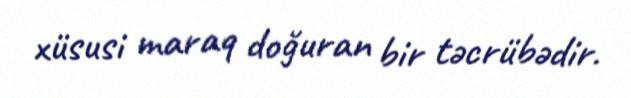
xüsusi maraq doğuran bir təcrübədir.